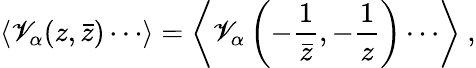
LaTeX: \langle\mathscr{V}_{\alpha}(z,\bar{{z}})\cdots\rangle=\left\langle\mathscr{V}_{\alpha}\left(-\frac{{1}}{{\bar{{z}}}},-\frac{{1}}{{z}}\right)\cdots\right\rangle~,